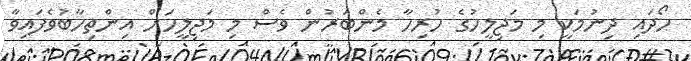
ހޯދައި ދިނުމަކީ މި މަޖިލީހުގެ ހުރިހާ މެންބަރުން ވެސް މި މަޖިލީހަށް އިންތިހާބުވެފައިވާ